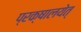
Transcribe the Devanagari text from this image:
प्रक्षालयेत्